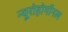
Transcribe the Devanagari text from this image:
न्यूरोहोर्मोनल